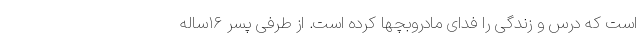
است که درس و زندگی را فدای مادروبچها کرده است. از طرفی پسر ۱۶ساله